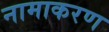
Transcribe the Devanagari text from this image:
नामाकरण्‍ा